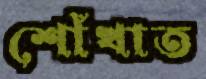
শোঁখাত